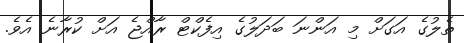
ތެލުގެ އަގަށް މި އަންނަ ބަދަލުގެ އިފެކްޓް ރާއްޖެ އަށް ކުރާނެ އެވެ.